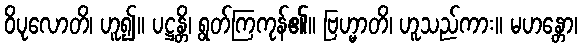
ဝိပုလောတိ၊ ဟူ၍။ ပဋ္ဌန္တိ၊ ရွတ်ကြကုန်၏။ ဗြဟ္မာတိ၊ ဟူသည်ကား။ မဟန္တော၊